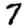
Digit: 7